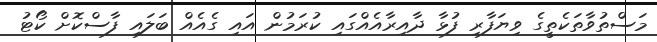
މަސްތުވާތަކެތީގެ ވިޔަފާރި ފުޅާ ދާއިރާއެއްގައި ކުރަމުން އައި ގެއެއް ބަލައި ފާސްކޮށް ކޯޓު